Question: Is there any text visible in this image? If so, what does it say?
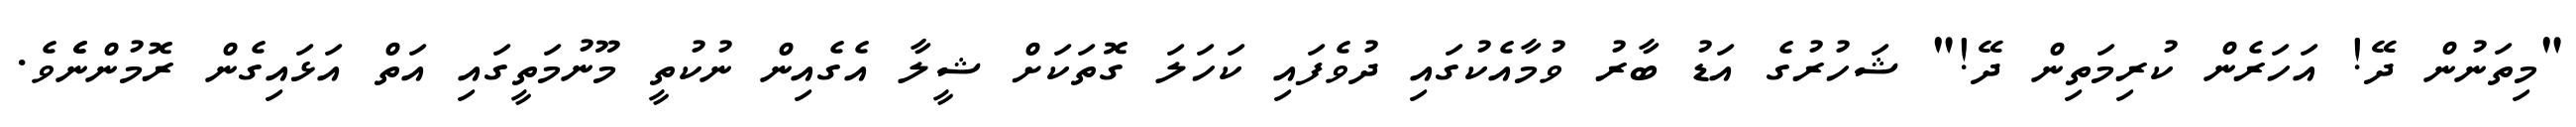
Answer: "މިތަނުން ދޭ! އަހަރެން ކުރިމަތިން ދޭ!" ޝަހުރުގެ އަޑު ބާރު ވުމާއެކުގައި ދުވެފައި ކަހަލަ ގޮތަކަށް ޝީލާ އެގެއިން ނުކުތީ މޫނުމަތީގައި އަތް އަޅައިގެން ރޮމުންނެެވެ.